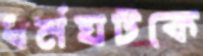
ধর্মঘটকে